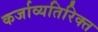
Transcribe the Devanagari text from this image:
कर्जाव्यतिरिक्त